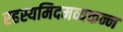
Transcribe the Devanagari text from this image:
रहस्यमिदमव्यक्तन्न